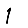
Digit: 1